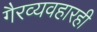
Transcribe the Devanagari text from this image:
गैरव्यवहारही